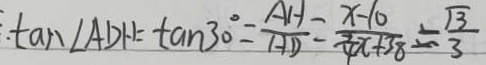
\tan \angle A D H = \tan 3 0 ^ { \circ } = \frac { A H } { A D } = \frac { x - 1 0 } { \frac { 3 } { 4 } x + 3 8 } = \frac { \sqrt { 3 } } { 3 }